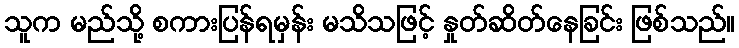
သူက မည်သို့ စကားပြန်ရမှန်း မသိသဖြင့် နှုတ်ဆိတ်နေခြင်း ဖြစ်သည်။